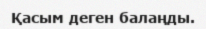
Қасым деген балаңды.